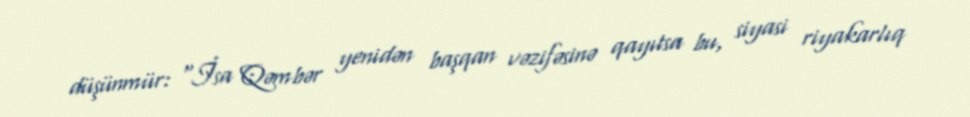
düşünmür: “İsa Qəmbər yenidən başqan vəzifəsinə qayıtsa bu, siyasi riyakarlıq